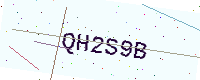
Text: QH2S9B